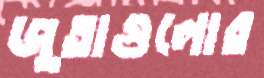
জুতাগুলোর